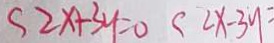
S 2 x + 3 y = 0 S 2 x - 3 y =